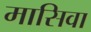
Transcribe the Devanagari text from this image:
मासिवा